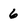
Character: 6